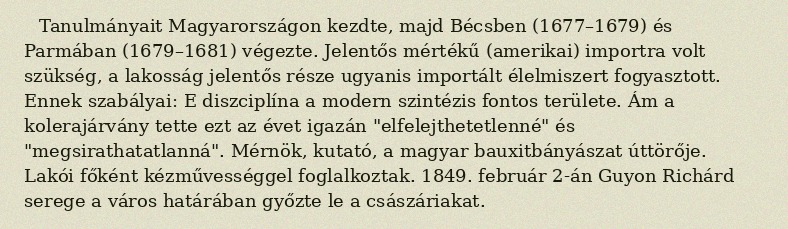
Tanulmányait Magyarországon kezdte, majd Bécsben (1677–1679) és Parmában (1679–1681) végezte. Jelentős mértékű (amerikai) importra volt szükség, a lakosság jelentős része ugyanis importált élelmiszert fogyasztott. Ennek szabályai: E diszciplína a modern szintézis fontos területe. Ám a kolerajárvány tette ezt az évet igazán "elfelejthetetlenné" és "megsirathatatlanná". Mérnök, kutató, a magyar bauxitbányászat úttörője. Lakói főként kézművességgel foglalkoztak. 1849. február 2-án Guyon Richárd serege a város határában győzte le a császáriakat.